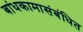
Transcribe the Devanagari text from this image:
बांधकामासंबंधित